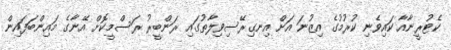
ކެޓުރީނާއާ ކައިވެނި ކުރުމުގެ އިޒުނަ އަށް އިނގިރޭސިވިލާތުގައި ރަންބީރު ރަސްމީކޮށް އޭނާގެ މައިންބަފައިން